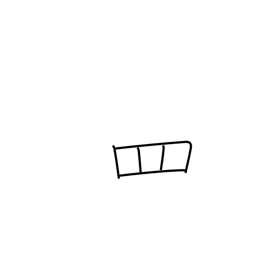
Meaning: net radical variant (no. 122)